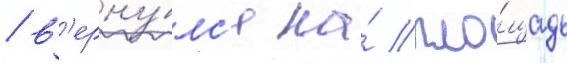
/ в'ерну́лс'я на́ пло́щадь